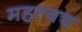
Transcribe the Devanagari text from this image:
महत्वच